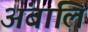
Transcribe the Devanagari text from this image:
अंबालि